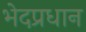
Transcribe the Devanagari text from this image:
भेदप्रधान